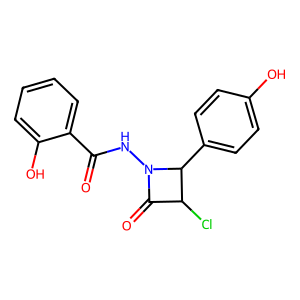
SMILES: O=C(NN1C(=O)C(Cl)C1c1ccc(O)cc1)c1ccccc1O
Inhibits HIV replication: No